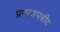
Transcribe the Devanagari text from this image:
प्रमाणपत्रीय